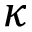
\kappa